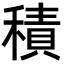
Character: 積